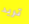
تريد